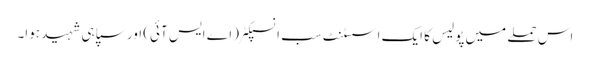
اس حملے میں پولیس کا ایک اسسٹنٹ سب انسپکٹر (اے ایس آئی) اور سپاہی شہید ہوا۔